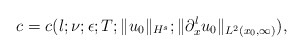
\begin{align*} c = c(l; \nu; \epsilon; T; \|u_0\|_{H^s}; \|\partial_x^lu_0\|_{L^2(x_0,\infty)}),\end{align*}